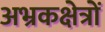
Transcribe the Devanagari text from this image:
अभ्रकक्षेत्रों